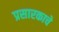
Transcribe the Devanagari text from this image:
प्रसारकाचे